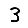
Digit: 3